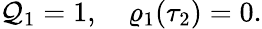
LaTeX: \begin{array}{r}{\mathcal{Q}_{1}=1,\quad\varrho_{1}(\tau_{2})=0.}\end{array}